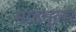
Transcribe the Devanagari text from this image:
माडयूलर